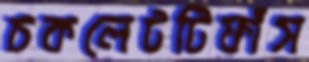
চকলেটটিফাঁস